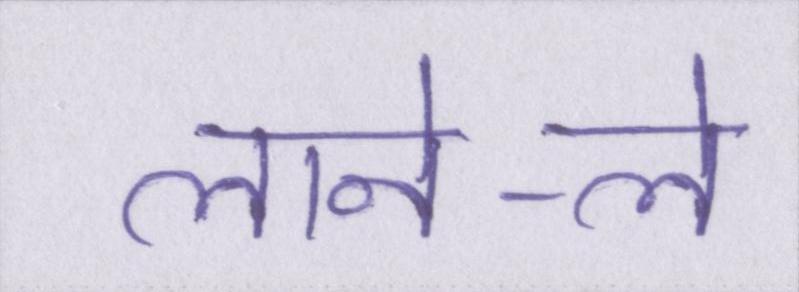
लाने-ले